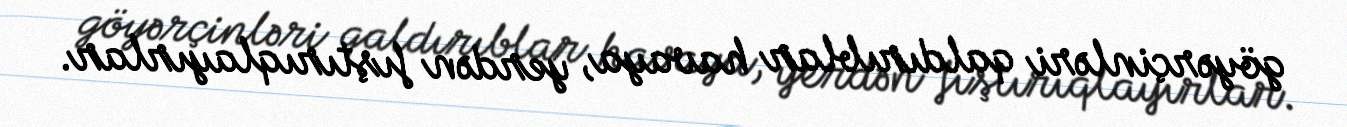
göyərçinləri qaldırıblar havaya, yerdən fıştırıqlayırlar.